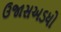
ઉજાસઅડધો